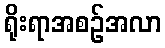
ရိုးရာအစဉ်အလာ